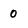
Character: 0